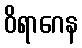
ဝိရာဂေန